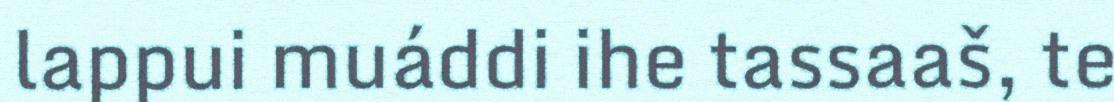
lappui muáddi ihe tassaaš, te